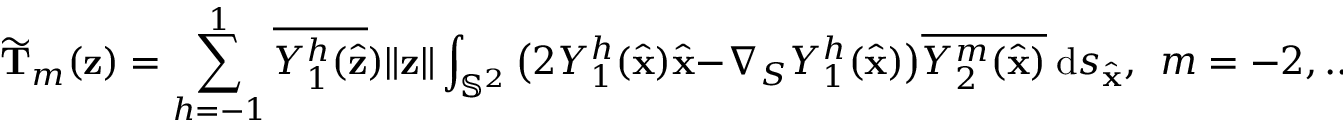
\widetilde { \mathbf T } _ { m } ( \mathbf z ) = \sum _ { h = - 1 } ^ { 1 } { \overline { { Y _ { 1 } ^ { h } ( \hat { \mathbf { z } } } } ) \| \mathbf { z } \| } \int _ { \mathbb { S } ^ { 2 } } \big ( 2 Y _ { 1 } ^ { h } ( \hat { \mathbf { x } } ) \hat { \mathbf { x } } - \nabla _ { S } Y _ { 1 } ^ { h } ( \hat { \mathbf { x } } ) \big ) \overline { { Y _ { 2 } ^ { m } ( \hat { \mathbf { x } } ) } } ~ \mathrm { d } s _ { \hat { \mathbf { x } } } , ~ ~ m = - 2 , . . . , 2 ,